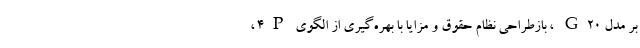
بر مدل G20 ، بازطراحی نظام حقوق و مزایا با بهره‌گیری از الگوی 4P ،